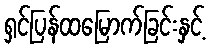
ရှင်ပြန်ထမြောက်ခြင်းနှင့်